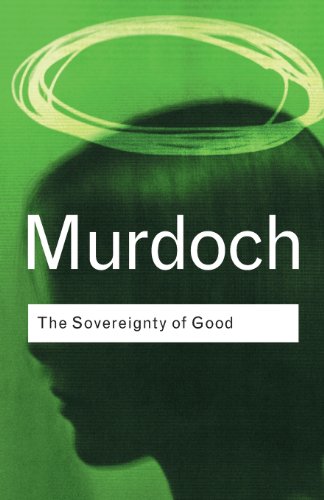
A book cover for The Sovereignty of Good; Iris Murdoch; Politics & Social Sciences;